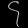
Digit: ၄